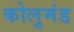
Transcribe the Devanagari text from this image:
कोलुमंड